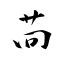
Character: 苘